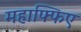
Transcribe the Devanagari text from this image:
महाफ्फिए